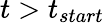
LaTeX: t>t_{start}